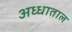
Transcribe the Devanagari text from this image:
अध्धाताल